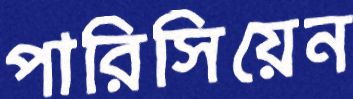
পারিসিয়েন